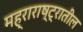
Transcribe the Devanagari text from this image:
मह्राराष्ट्रातील